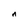
Character: n